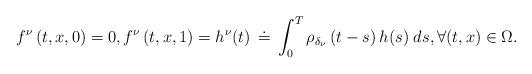
LaTeX: \begin{align*} f^{\nu}\left(t,x,0\right)=0, f^{\nu}\left(t,x,1\right)= h^{\nu}(t)\,\doteq\,\int_0^T\rho_{\delta_{\nu}} \left(t-s\right)h(s)\; ds, \forall (t,x)\in\Omega. \end{align*}